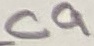
Text: C9